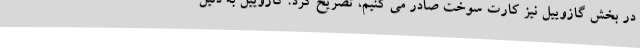
در بخش گازوییل نیز کارت سوخت صادر می کنیم، تصریح کرد: گازوییل به دلیل